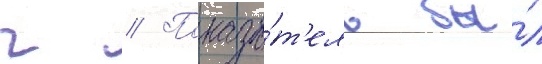
г // Показа́т'ель бы́л